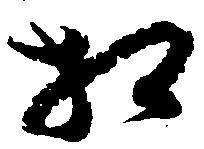
相